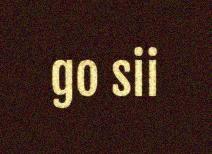
go sii